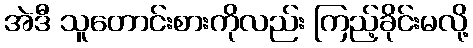
အဲဒီ သူတောင်းစားကိုလည်း ကြည့်ခိုင်းမလို့